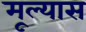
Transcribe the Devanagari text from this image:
मूल्यास